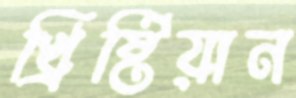
খ্রিষ্টিয়ান